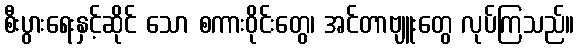
စီးပွားရေးနှင့်ဆိုင် သော စကားဝိုင်းတွေ၊ အင်တာဗျူးတွေ လုပ်ကြသည်။